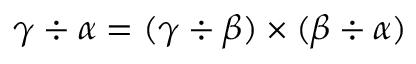
\gamma \div \alpha = ( \gamma \div \beta ) \times ( \beta \div \alpha )